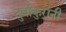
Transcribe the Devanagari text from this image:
दुर्वांकुरांनी